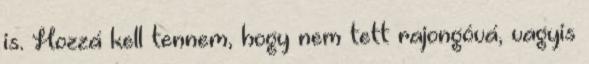
is. Hozzá kell tennem, hogy nem tett rajongóvá, vagyis